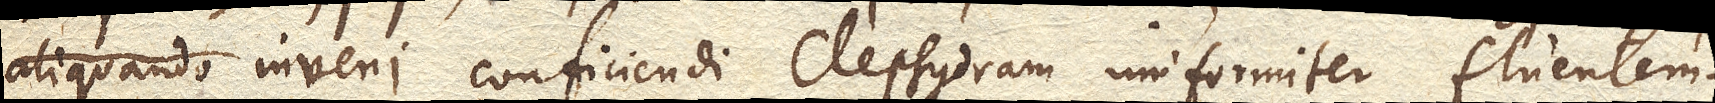
aliquando inveni conficiendi clepsydram uniformiter fluentem.